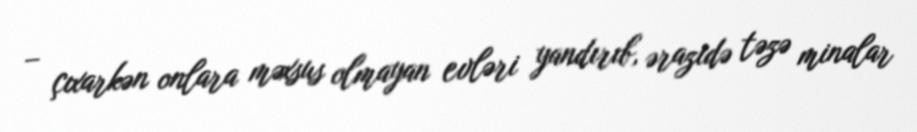
– çıxarkən onlara məxsus olmayan evləri yandırıb, ərazidə təzə minalar